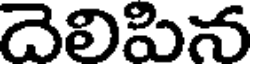
దెలిపిన